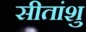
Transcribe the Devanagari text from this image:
सीतांशु